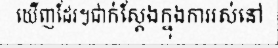
ឃើញដែរ។ជាក់ស្តែងក្នុងការរស់នៅ